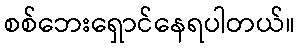
စစ်ဘေးရှောင်နေရပါတယ်။